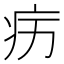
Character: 𱱉